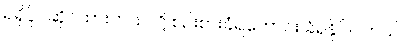
ရရှိပိုင်ဆိုင်ထားတယ်လို့ စဉ်းစားခံရကောင်း ခံရနိုင်ပါတယ်။